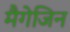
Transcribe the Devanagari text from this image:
मैगेजिन